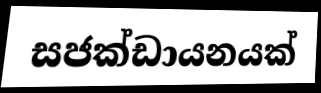
සජක්ඩායනයක්